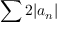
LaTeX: \sum 2 | a _ { n } |